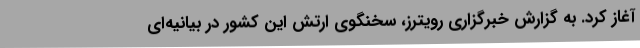
آغاز کرد. به گزارش خبرگزاری رویترز، سخنگوی ارتش این کشور در بیانیه‌ای